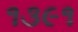
૧૩૯૧